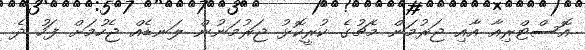
އޮސްޓްރިއާ އާއި ޖަރުމަން މެޗުގެ ކުރީކޮޅު ޖަރުމަނުން ލަނޑެއް ޖެހުމަށް ފަހު ދެ